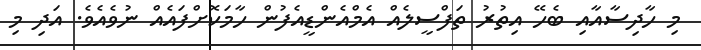
މި ހާދިސާއާއި ބެހޭ އިތުރު ތަފްސީލެއް އެމްއެންޑީއެފުން ހާމަކޮށްފައެއް ނުވެއެވެ. އަދި މި